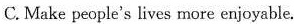
C. Make people's lives more enjoyable.